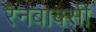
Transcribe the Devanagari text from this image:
रैनबाक्सी